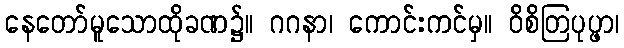
နေတော်မူသောထိုခဏ၌။ ဂဂနာ၊ ကောင်းကင်မှ။ ဝိစိတြပုပ္ဖာ၊